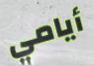
أيامي